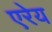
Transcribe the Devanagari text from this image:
एरेय